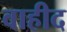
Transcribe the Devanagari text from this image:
वाहीद